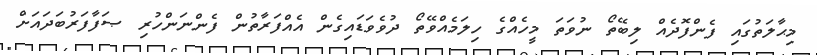
މިޙާލަތުގައި ފެންފޮދެއް ލިބޭތޯ ނުވަތަ މީހެއްގެ ހިލަމެއްވޭތޯ ދުވެވަޑައިގެން އެއްފަރާތުން ފެންނަންހުރި ޞަފާފަރުބަދައަށް